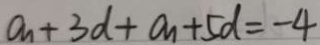
a _ { n } + 3 d + a _ { n } + 5 d = - 4